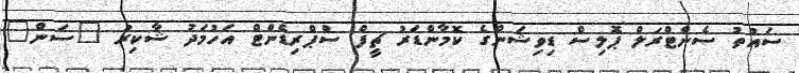
ސައުތު ސެންޓްރަލް ޕޮލިސް ޑިވިޝަންގެ ކޮމާންޑަރު ޗީފް ސްޕްރިޑެންޓް އަހުމަދު ޝާކިރު "ސަން"